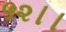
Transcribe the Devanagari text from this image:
५२।।